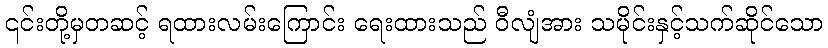
၎င်းတို့မှတဆင့် ရထားလမ်းကြောင်း ရေးထားသည် ဝီလျံအား သမိုင်းနှင့်သက်ဆိုင်သော